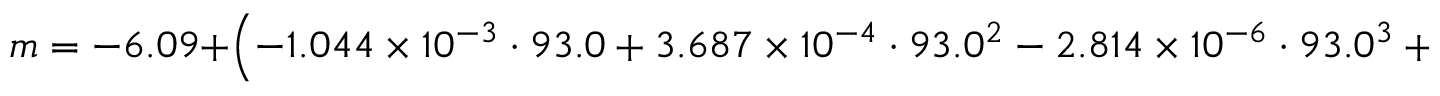
m = - 6 . 0 9 + \left( - 1 . 0 4 4 \times 1 0 ^ { - 3 } \cdot 9 3 . 0 + 3 . 6 8 7 \times 1 0 ^ { - 4 } \cdot 9 3 . 0 ^ { 2 } - 2 . 8 1 4 \times 1 0 ^ { - 6 } \cdot 9 3 . 0 ^ { 3 } + 8 . 9 3 8 \times 1 0 ^ { - 9 } \cdot 9 3 . 0 ^ { 4 } \right) = - 4 . 5 9 .